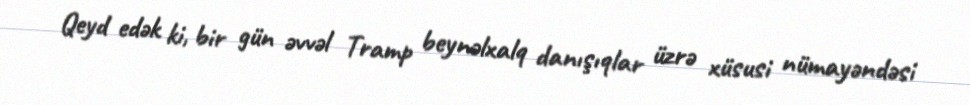
Qeyd edək ki, bir gün əvvəl Tramp beynəlxalq danışıqlar üzrə xüsusi nümayəndəsi